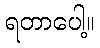
ရတာပေါ့။